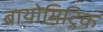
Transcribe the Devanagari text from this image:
बायोमिट्रिक